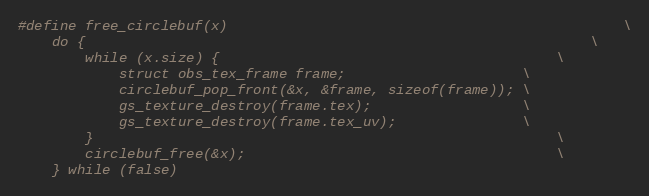
Language: C
#define free_circlebuf(x)                                               \
	do {                                                            \
		while (x.size) {                                        \
			struct obs_tex_frame frame;                     \
			circlebuf_pop_front(&x, &frame, sizeof(frame)); \
			gs_texture_destroy(frame.tex);                  \
			gs_texture_destroy(frame.tex_uv);               \
		}                                                       \
		circlebuf_free(&x);                                     \
	} while (false)